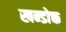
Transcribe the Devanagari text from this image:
खन्डोक्त